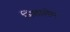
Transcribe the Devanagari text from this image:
जिशालेम